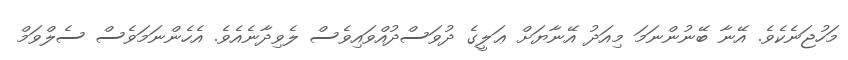
މަހުޖަނެކެވެ. އޭނާ ބޭނުންނަމަ މިއަދު އޭނާޔަށް ޢަލީގެ ދުވަސްދުއްވައިވެސް ލެވިދާނެއެވެ. އެހެންނަމަވެސް ސެލްވަމް